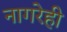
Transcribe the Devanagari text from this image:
नागरेही